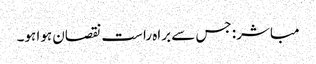
مباشر: جس سے براہ راست نقصان ہوا ہو۔